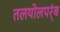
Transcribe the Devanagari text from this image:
तलयोलपर्ंब